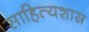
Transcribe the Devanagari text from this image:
साहित्यशास्र